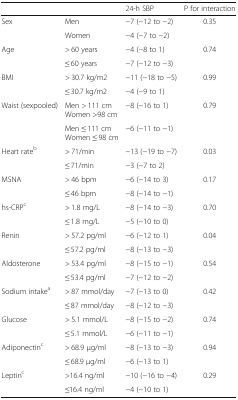
<table><thead><tr><td></td><td></td><td><b>24-h SBP</b></td><td><b>P for interaction</b></td></tr></thead><tbody><tr><td rowspan="2">Sex</td><td>Men</td><td>−7 (−12 to −2)</td><td rowspan="2">0.35</td></tr><tr><td>Women</td><td>−4 (−7 to −2)</td></tr><tr><td rowspan="2">Age</td><td>&gt; 60 years</td><td>−4 (−8 to 1)</td><td rowspan="2">0.74</td></tr><tr><td>≤ 60 years</td><td>−7 (−12 to −3)</td></tr><tr><td rowspan="2">BMI</td><td>&gt; 30.7 kg/m2</td><td>−11 (−18 to −5)</td><td rowspan="2">0.99</td></tr><tr><td>≤ 30.7 kg/m2</td><td>−4 (−9 to 1)</td></tr><tr><td rowspan="2">Waist (sexpooled)</td><td>Men &gt; 111 cmWomen &gt;98 cm</td><td>−8 (−16 to 1)</td><td rowspan="2">0.79</td></tr><tr><td>Men ≤ 111 cmWomen ≤ 98 cm</td><td>−6 (−11 to −1)</td></tr><tr><td rowspan="2">Heart rate<sup>b</sup></td><td>&gt; 71/min</td><td>−13 (−19 to −7)</td><td rowspan="2">0.03</td></tr><tr><td>≤ 71/min</td><td>−3 (−7 to 2)</td></tr><tr><td rowspan="2">MSNA</td><td>&gt; 46 bpm</td><td>−6 (−14 to 3)</td><td rowspan="2">0.17</td></tr><tr><td>≤ 46 bpm</td><td>−8 (−14 to −1)</td></tr><tr><td rowspan="2">hs-CRP<sup>c</sup></td><td>&gt; 1.8 mg/L</td><td>−8 (−14 to −3)</td><td rowspan="2">0.70</td></tr><tr><td>≤ 1.8 mg/L</td><td>−5 (−10 to 0)</td></tr><tr><td rowspan="2">Renin</td><td>&gt; 57.2 pg/ml</td><td>−6 (−12 to 1)</td><td rowspan="2">0.04</td></tr><tr><td>≤ 57.2 pg/ml</td><td>−8 (−13 to −3)</td></tr><tr><td rowspan="2">Aldosterone</td><td>&gt; 53.4 pg/ml</td><td>−8 (−15 to −1)</td><td rowspan="2">0.54</td></tr><tr><td>≤ 53.4 pg/ml</td><td>−7 (−12 to −2)</td></tr><tr><td rowspan="2">Sodium intake<sup>a</sup></td><td>&gt; 87 mmol/day</td><td>−7 (−13 to 0)</td><td rowspan="2">0.42</td></tr><tr><td>≤ 87 mmol/day</td><td>−8 (−12 to −3)</td></tr><tr><td rowspan="2">Glucose</td><td>&gt; 5.1 mmol/L</td><td>−8 (−15 to −2)</td><td rowspan="2">0.74</td></tr><tr><td>≤ 5.1 mmol/L</td><td>−6 (−11 to −1)</td></tr><tr><td rowspan="2">Adiponectin<sup>c</sup></td><td>&gt; 68.9 μg/ml</td><td>−8 (−13 to −3)</td><td rowspan="2">0.94</td></tr><tr><td>≤ 68.9 μg/ml</td><td>−6 (−13 to 1)</td></tr><tr><td rowspan="2">Leptin<sup>c</sup></td><td>&gt;16.4 ng/ml</td><td>−10 (−16 to −4)</td><td rowspan="2">0.29</td></tr><tr><td>≤16.4 ng/ml</td><td>−4 (−10 to 1)</td></tr></tbody></table>